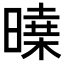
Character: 𣊝